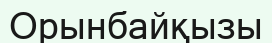
Орынбайқызы